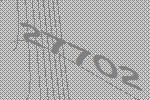
27702